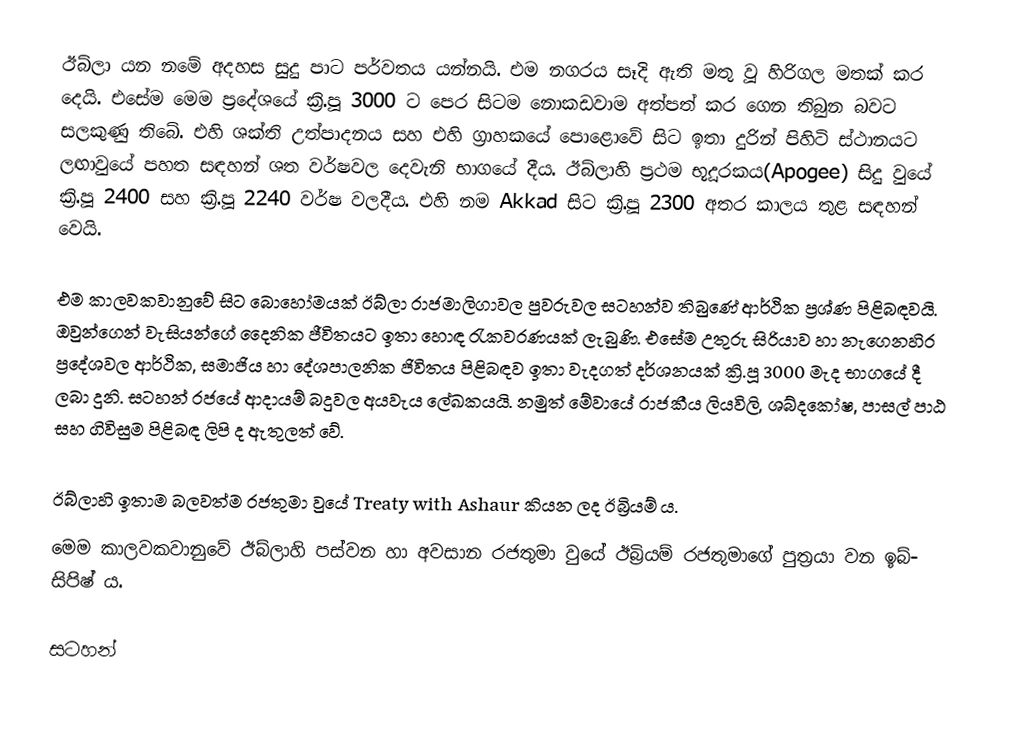
ඊබ්ලා යන නමේ අදහස සුදු පාට පර්වතය යන්නයි. එම නගරය සෑදි ඇති මතු වූ හිරිගල මතක් කර දෙයි. එසේම මෙම ප්‍රදේශයේ ක්‍රි.පූ 3000 ට පෙර සිටම නොකඩවාම අත්පත් කර ගෙන තිබුන බවට සලකුණු තිබේ. එහි ශක්ති උත්පාදනය සහ එහි ග්‍රාහකයේ පොළොවේ සිට ඉතා දුරින් පිහිටි ස්ථානයට ලඟාවුයේ පහත සඳහන් ශත වර්ෂවල දෙ‍වැනි භාගයේ දීය. ඊබ්ලාහි ප්‍රථම භූදූරකය(Apogee) සිදු වුයේ ක්‍රි.පූ 2400 සහ ක්‍රි.පූ 2240 වර්ෂ වලදීය. එහි නම Akkad සිට ක්‍රි.පූ 2300 අතර කාලය තුළ සඳහන් වෙයි.

එම කාලවකවානුවේ සිට බොහෝමයක් ඊබ්ලා රාජමාලිගාවල පුවරුවල සටහන්ව තිබුණේ ආර්ථික ප්‍රශ්ණ පිළිබඳවයි. ඔවුන්ගෙන් වැසියන්ගේ දෛනික ජීවිතයට ඉතා හොඳ රැකවරණයක් ලැබුණි. එසේම උතුරු සිරියාව හා නැගෙනහිර ප්‍රදේශවල  ආර්ථික, සමාජිය හා දේශපාලනික ජිවිතය පිළිබඳව ඉතා වැදගත් දර්ශනයක් ක්‍රි.පූ 3000 මැද භාගයේ දී ලබා දුනි. සටහන් රජයේ ආදායම් බදුවල අයවැය ලේඛකයයි. නමුත් මේවායේ රාජකීය ලියවිලි, ශබ්දකෝෂ, පාසල් පාඨ සහ ගිවිසුම පිළිබඳ ලිපි ද ඇතුලත් වේ.

ඊබ්ලාහි ඉතාම බලවත්ම රජතුමා වුයේ Treaty with Ashaur කියන ලද ඊබ්‍රියම් ය.
මෙම කාලවකවානුවේ ඊබ්ලාහි පස්වන හා අවසාන රජතුමා වුයේ ඊබ්‍රියම් රජතුමාගේ පුත්‍රයා වන ඉබ්- සිපිෂ් ය.

සටහන්